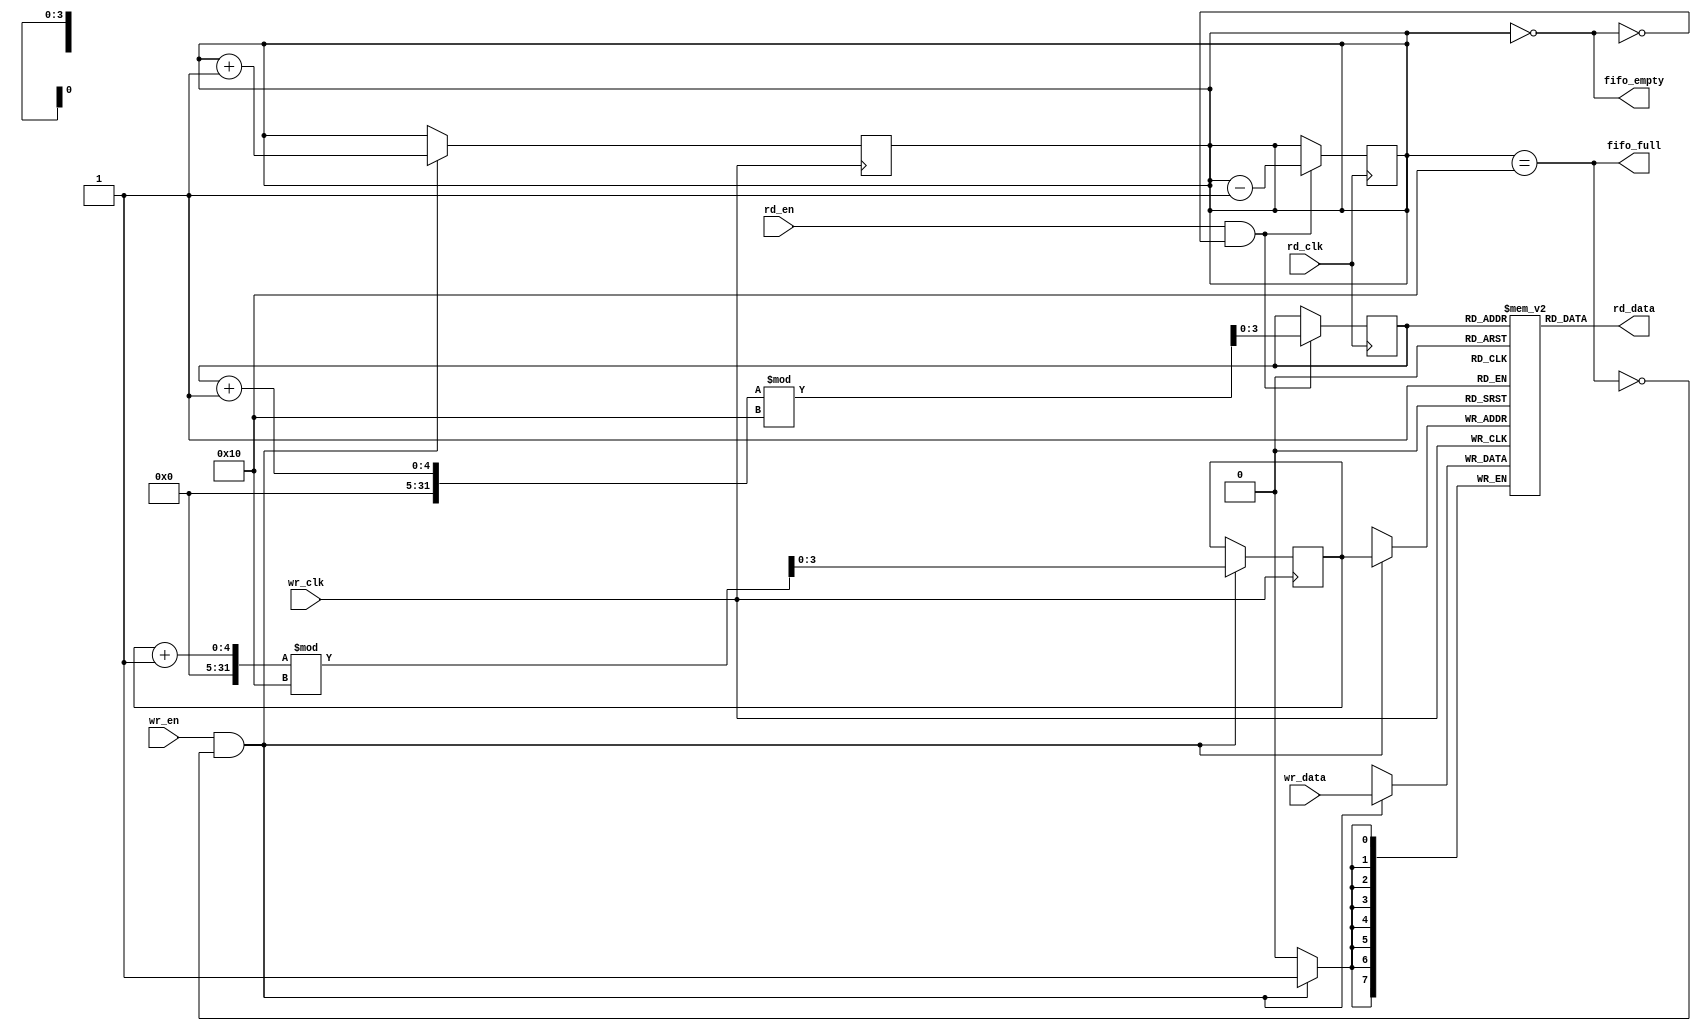
module async_fifo #(
    parameter DATA_WIDTH = 8,   // Width of data
    parameter FIFO_DEPTH = 16    // Depth of FIFO (must be a power of 2)
)(
    input wire wr_clk,            // Write clock
    input wire wr_en,             // Write enable
    input wire [DATA_WIDTH-1:0] wr_data, // Data input
    output wire fifo_full,        // FIFO full flag
    output wire fifo_empty,       // FIFO empty flag

    input wire rd_clk,            // Read clock
    input wire rd_en,             // Read enable
    output wire [DATA_WIDTH-1:0] rd_data // Data output
);

    // Memory array for FIFO
    reg [DATA_WIDTH-1:0] fifo_mem [0:FIFO_DEPTH-1];

    // Write pointer and read pointer
    reg [$clog2(FIFO_DEPTH)-1:0] wr_ptr = 0;
    reg [$clog2(FIFO_DEPTH)-1:0] rd_ptr = 0;

    // Count of entries in FIFO
    reg [$clog2(FIFO_DEPTH+1)-1:0] fifo_count = 0;

    // Full and Empty flags
    assign fifo_full = (fifo_count == FIFO_DEPTH);
    assign fifo_empty = (fifo_count == 0);
    assign rd_data = fifo_mem[rd_ptr];

    // Write Logic
    always @(posedge wr_clk) begin
        if (wr_en && !fifo_full) begin
            fifo_mem[wr_ptr] <= wr_data;
            wr_ptr <= (wr_ptr + 1) % FIFO_DEPTH;
            fifo_count <= fifo_count + 1;
        end
    end

    // Read Logic
    always @(posedge rd_clk) begin
        if (rd_en && !fifo_empty) begin
            rd_ptr <= (rd_ptr + 1) % FIFO_DEPTH;
            fifo_count <= fifo_count - 1;
        end
    end

endmodule